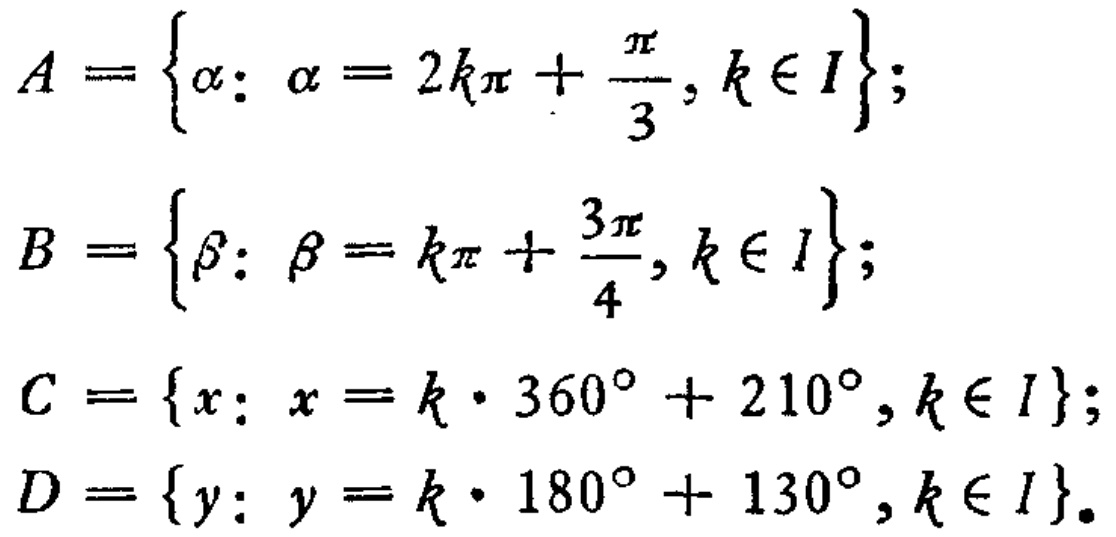
\[

\begin{align*}

A&=\left\{\alpha:\alpha = 2k\pi+\frac{\pi}{3},k\in I\right\};\\

B&=\left\{\beta:\beta = k\pi+\frac{3\pi}{4},k\in I\right\};\\

C&=\left\{x:x = k\cdot360^{\circ}+210^{\circ},k\in I\right\};\\

D&=\left\{y:y = k\cdot180^{\circ}+130^{\circ},k\in I\right\}.

\end{align*}

\]